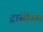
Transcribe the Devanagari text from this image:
ट्रांसीवर्स